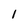
Character: 1